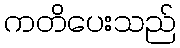
ကတိပေးသည်